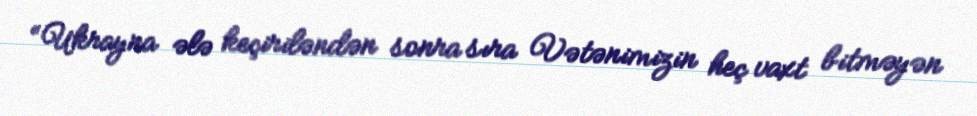
“Ukrayna ələ keçiriləndən sonra sıra Vətənimizin heç vaxt bitməyən